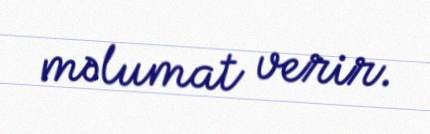
məlumat verir.